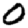
Digit: 0